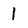
Character: l